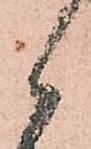
候